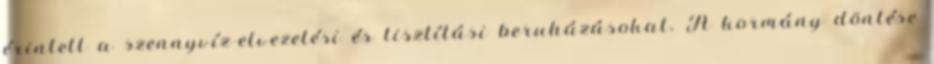
érintett a szennyvíz-elvezetési és tisztítási beruházásokat. A kormány döntése